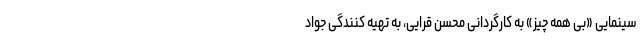
سینمایی «بی همه چیز» به کارگردانی محسن قرایی، به تهیه کنندگی جواد